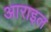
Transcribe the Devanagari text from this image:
आराइल